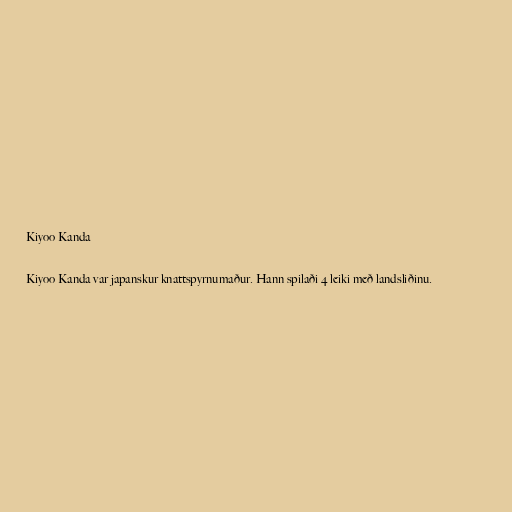
Kiyoo Kanda

Kiyoo Kanda var japanskur knattspyrnumaður. Hann spilaði 4 leiki með landsliðinu.